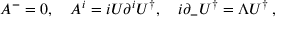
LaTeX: A ^ { - } = 0 , \quad A ^ { i } = i U \partial ^ { i } U ^ { \dagger } , \quad i \partial _ { - } U ^ { \dagger } = \Lambda U ^ { \dagger } \, ,